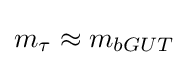
m_{\tau }\approx m_{bGUT}